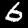
Digit: 6